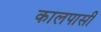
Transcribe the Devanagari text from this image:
कालपासी